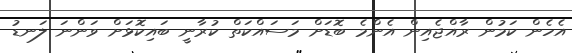
އެހެން ކަމުން ރާއްޖެއިން އެންމެ ބޮޑަށް މަސައްކަތް ކުރާނީ ބައިކޮޅަށް ވަންނަ ލަނޑު